Report on the working of the Ranchi Indian Mental Hospital, Kanke, in Bihar and Orissa - 1930-1940
Year: 1930
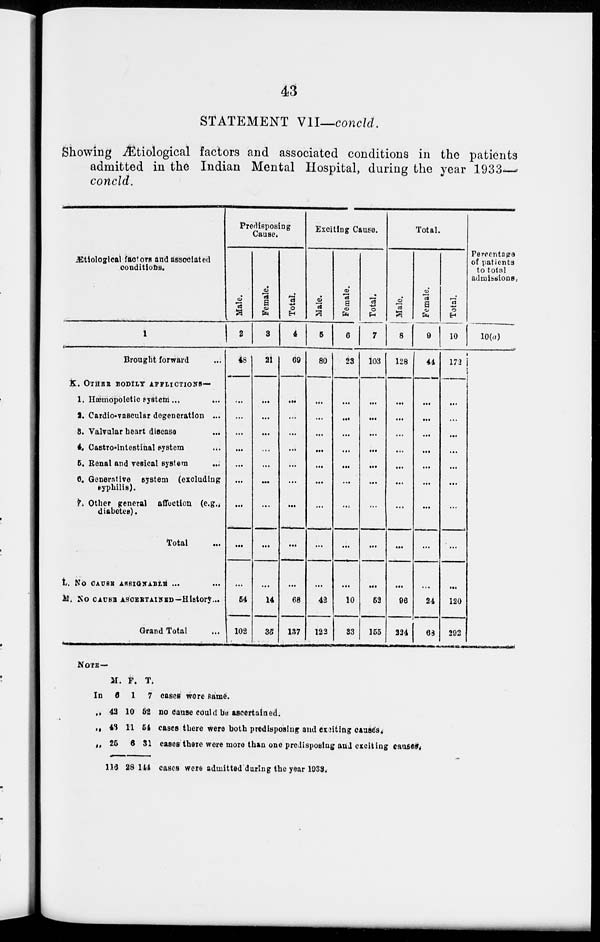
43
STATEMENT VII—concld.
Showing Ætiological factors and associated conditions in the patients
admitted in the Indian Mental Hospital, during the year 1933—
concld.
Ætiological factors and associated
conditions.
1
Brought forward ...
K.
L.
M.
OTHER BODILY AFFLICTIONS—
1. Hæmopoietic system ... ...
2. Cardio-vascular degeneration ...
3. Valvular heart disease ...
4. Castro-intestinal system ...
5. Renal and vesical system ...
6. Generative system (excluding
syphilis).
7. Other general affection (e.g.,
diabetes).
Total ...
NO CAUSE ASSIGNABLE ... ...
NO CAUSE ASSERTAINED—History...
Grand Total ...
Predisposing
Cause.
Male.
2
48
...
...
...
...
...
...
...
...
...
54
102
Female.
3
21
...
...
...
...
...
...
...
...
...
14
35
Total.
4
69
...
...
...
...
...
...
...
...
...
68
137
Exciting Cause.
Male.
5
80
...
...
...
...
...
...
...
...
...
42
122
Female.
6
23
...
...
...
...
...
...
...
...
...
10
33
Total.
7
103
...
...
...
...
...
...
...
...
...
52
155
Total.
Male.
8
128
...
...
...
...
...
...
...
...
...
96
224
Female.
9
44
...
...
...
...
...
...
...
...
...
24
68
Total.
10
172
...
...
...
...
...
...
...
...
...
120
292
Percentage
of patients
to total
admissions.
10(a)
NOTE—
In
„
„
„
M.
6
42
43
25
116
F.
1
10
11
6
28
T.
7
52
54
31
144
cases were same.
no cause could be ascertained.
cases there were both predisposing and exciting causes.
cases there were more than one predisposing and exciting causes.
cases were admitted during the year 1933.